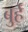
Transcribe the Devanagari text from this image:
बुर्ह